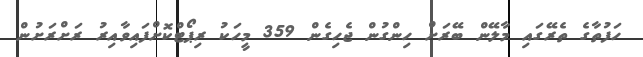
ހަފުތާގެ ތެރޭގައި މާލޭން ބޭރަށް ހިންގުން ޖެހިގެން 359 މީހަކު ރިޕޯޓްކޮށްފައިވާއިރު ރަށްރަށުން